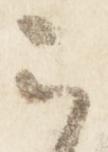
云